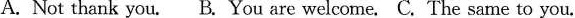
A. Not thank you. B. You are welcome. C. The same to you.